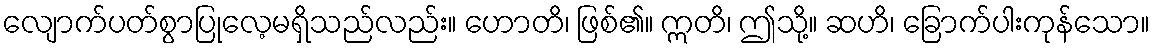
လျောက်ပတ်စွာပြုလေ့မရှိသည်လည်း။ ဟောတိ၊ ဖြစ်၏။ ဣတိ၊ ဤသို့။ ဆဟိ၊ ခြောက်ပါးကုန်သော။